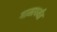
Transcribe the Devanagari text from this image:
गामापर्यंत